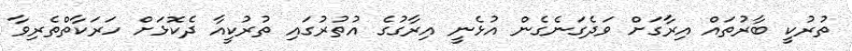
ތުރުކީ ބާރުތައް އިރާގަށް ވަދެގަނެގެން އުޅެނީ އިރާގުގެ އުތުރުގައި ތުރުކީއާ ދެކޮޅަށް ހަރަކާތްތެރިވާ